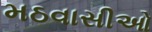
મઠવાસીઓ